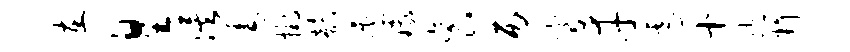
在皇俟咎挂韵季娥衮丙穹幸虐十胞料